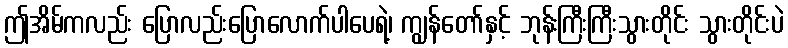
ဤအိမ်ကလည်း ပြောလည်းပြောလောက်ပါပေရဲ့၊ ကျွန်တော်နှင့် ဘုန်းကြီးကြီးသွားတိုင်း သွားတိုင်းပဲ